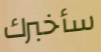
سأخبرك